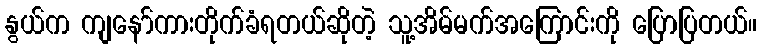
နွယ်က ကျနော်ကားတိုက်ခံရတယ်ဆိုတဲ့ သူ့အိမ်မက်အကြောင်းကို ပြောပြတယ်။